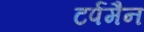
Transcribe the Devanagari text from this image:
टर्पमैन